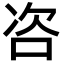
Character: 咨